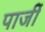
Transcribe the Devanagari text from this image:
पार्जी